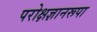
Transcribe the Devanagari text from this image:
परोक्षज्ञानरूपा